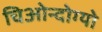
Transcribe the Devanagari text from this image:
चिओन्दोग्यो